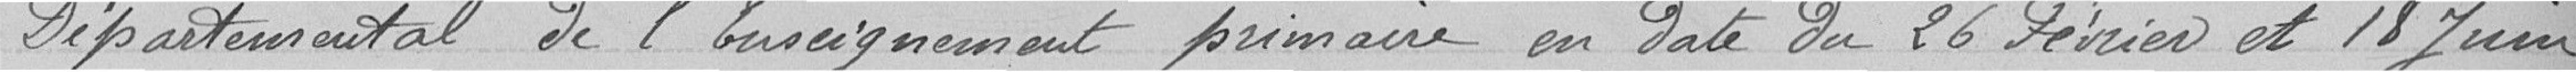
Départemental de l'Enseignement primaire en date du 26 février et 18 juin